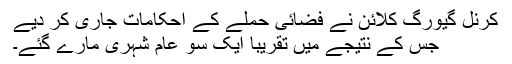
کرنل گیورگ کلائن نے فضائی حملے کے احکامات جاری کر دیے
جس کے نتیجے میں تقریبا ایک سو عام شہری مارے گئے۔